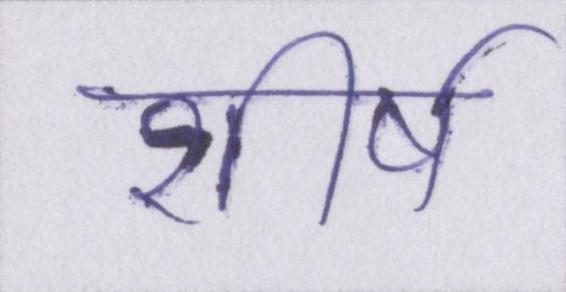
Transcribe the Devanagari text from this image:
शीर्ष